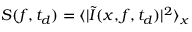
S ( f , t _ { d } ) = \langle | \tilde { I } ( x , f , t _ { d } ) | ^ { 2 } \rangle _ { x }